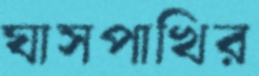
ঘাসপাখির